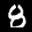
Label: 8